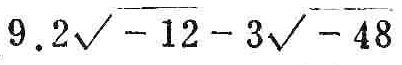
$9.2\sqrt{-12}-3\sqrt{-48}$